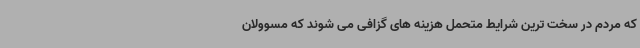
که مردم در سخت ترین شرایط متحمل هزینه های گزافی می شوند که مسوولان